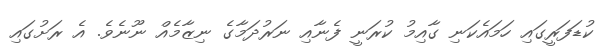
ކުޑަފަރީގައި ހަމައެކަނި ގާއިމު ކުރަނީ ފެނާއި ނަރުދަމާގެ ނިޒާމެއް ނޫނެވެ. އެ ރަށުގައި